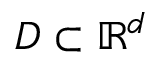
D \subset \mathbb { R } ^ { d }